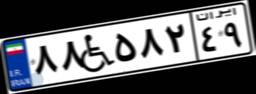
۸۸W۵۸۲۴۹